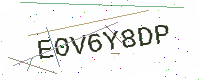
Text: E0V6Y8DP